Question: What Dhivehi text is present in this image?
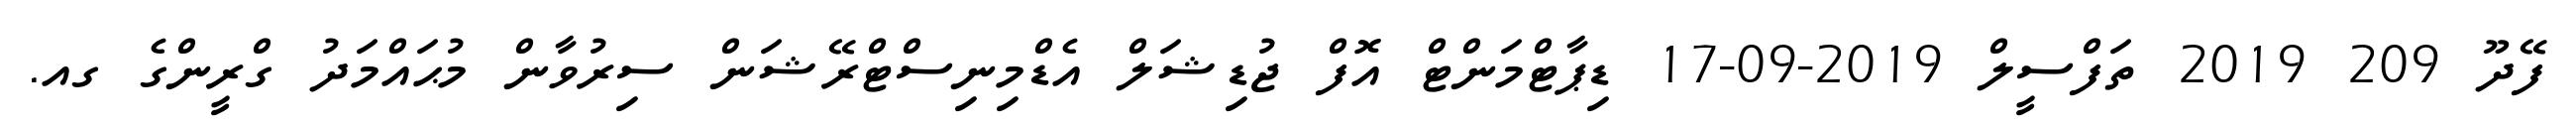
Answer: ފޭދޫ 209 2019 ތަފްސީލް 2019-09-17 ޑިޕާޓްމަންޓް އޮފް ޖުޑިޝަލް އެޑްމިނިސްޓްރޭޝަން ސިރުވާން މުޙައްމަދު ގްރީންގެ ގއ.